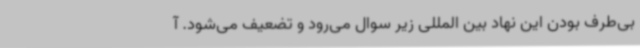
بی‌طرف بودن این نهاد بین المللی زیر سوال می‌رود و تضعیف می‌شود. آ